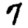
Digit: 7